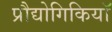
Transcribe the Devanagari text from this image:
प्रौद्योगिकियॉ